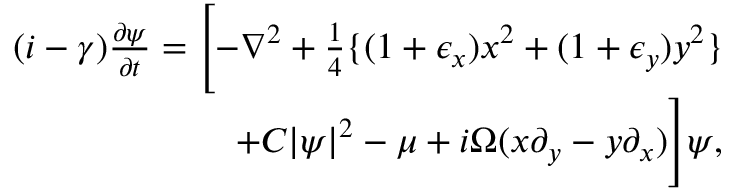
\begin{array} { r } { ( i - \gamma ) \frac { \partial \psi } { \partial t } = \Biggl [ - \nabla ^ { 2 } + \frac { 1 } { 4 } \{ ( 1 + \epsilon _ { x } ) x ^ { 2 } + ( 1 + \epsilon _ { y } ) y ^ { 2 } \} } \\ { + C | \psi | ^ { 2 } - \mu + i \Omega ( { x } \partial _ { y } - { y } \partial _ { x } ) \Biggr ] \psi , } \end{array}